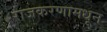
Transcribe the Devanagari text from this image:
राजकरणामधून